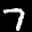
Label: 7